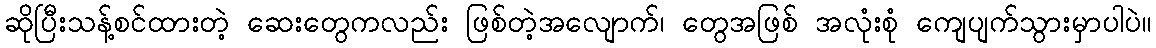
ဆိုပြီးသန့်စင်ထားတဲ့ ဆေးတွေကလည်း ဖြစ်တဲ့အလျောက်၊ တွေအဖြစ် အလုံးစုံ ကျေပျက်သွားမှာပါပဲ။